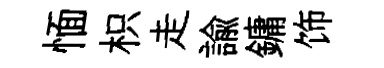
愐枳走諭鏞饰